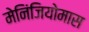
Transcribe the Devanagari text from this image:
मेनिंजियोमास